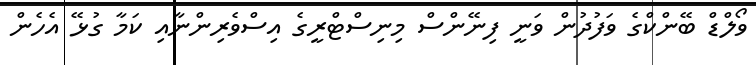
ވޯލްޑް ބޭންކްގެ ވަފުދުން ވަނީ ފިނޭންސް މިނިސްޓްރީގެ އިސްވެރިންނާއި ކަމާ ގުޅޭ އެހެން